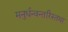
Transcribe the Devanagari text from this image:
मनुर्धन्वन्तरिस्तथा